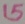
Text: 15